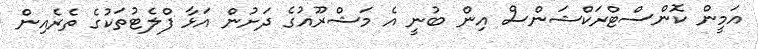
އަމީން ކޮންސްޓްރަކްޝަންސް އިން ބުނީ އެ މަޝްރޫއުގެ ދަށުން އަޅާ ފްލެޓުތަކުގެ ތެރެއިން